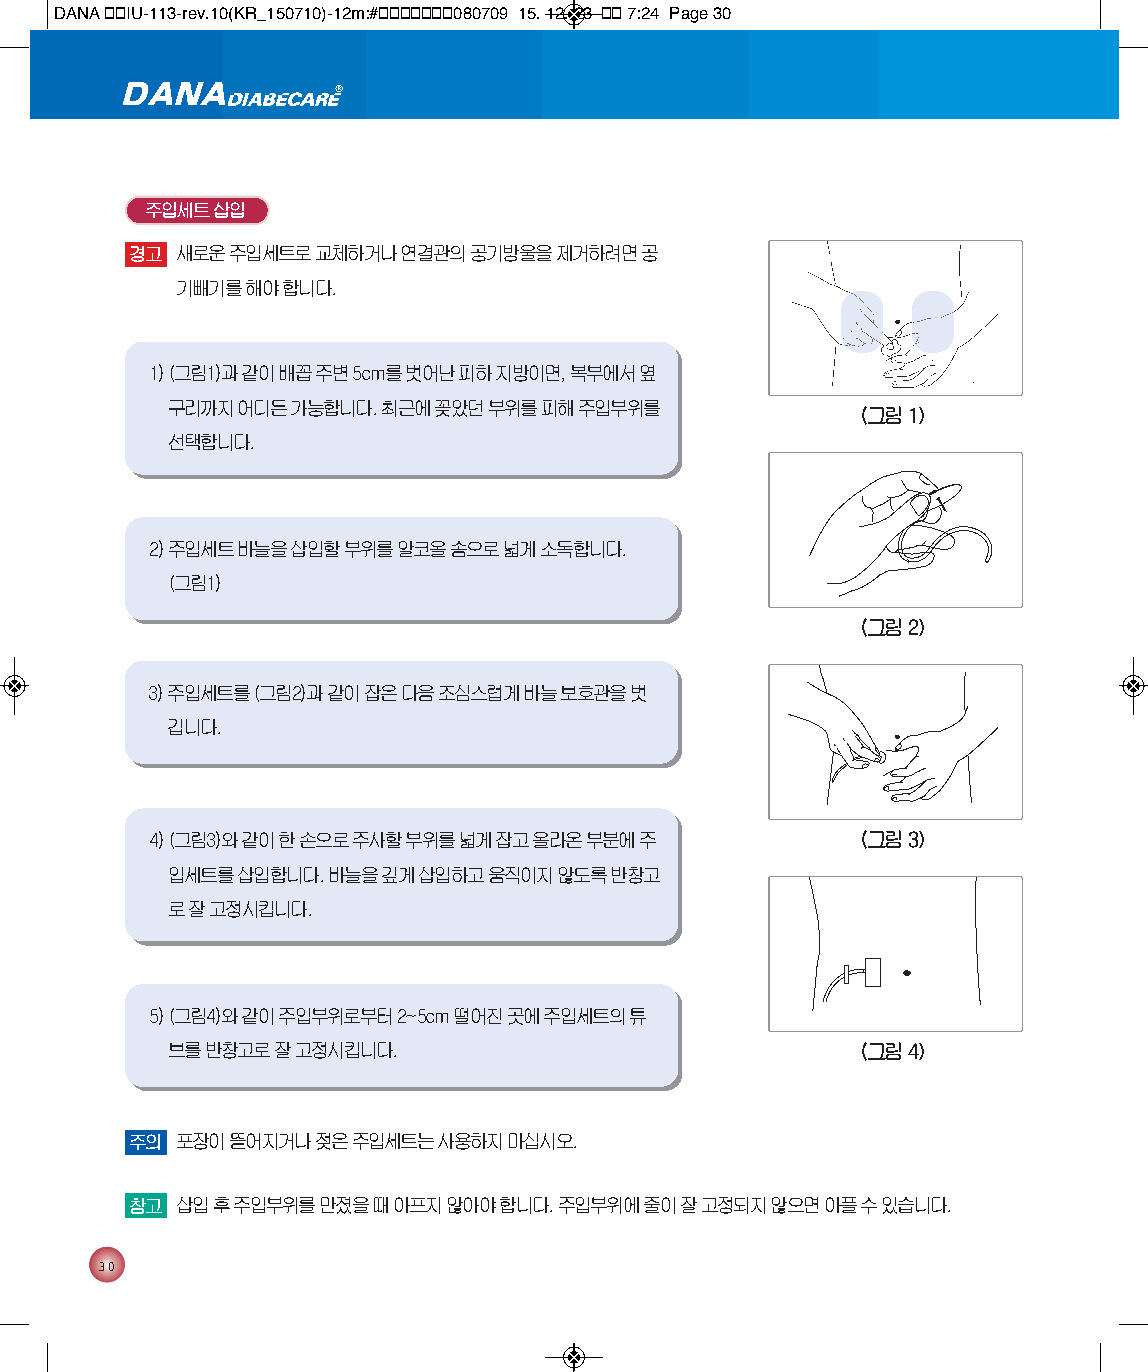
DANA 통통IU-113-rev.10(KR_150710)-12m:#통통통통통통통080709 15. 12. 23 통통 7:24 Page 30
 주입세트 삽입
 경고 새로운 주입세트로 교체하거나 연결관의 공기방울을 제거하려면 공
 기빼기를 해야 합니다.
 1) (그림1)과 같이 배꼽 주변 5cm를 벗어난 피하 지방이면, 복부에서 옆
 구리까지 어디든 가능합니다. 최근에 꽂았던 부위를 피해 주입부위를
 (그림 1)
 선택합니다.
 2) 주입세트 바늘을 삽입할 부위를 알코올 솜으로 넓게 소독합니다.
 (그림1)
 (그림 2)
 3) 주입세트를 (그림2)과 같이 잡은 다음 조심스럽게 바늘 보호관을 벗
 깁니다.
 4) (그림3)와 같이 한 손으로 주사할 부위를 넓게 잡고 올라온 부분에 주     (그림 3)
 입세트를 삽입합니다. 바늘을 깊게 삽입하고 움직이지 않도록 반창고
 로 잘 고정시킵니다.
 5) (그림4)와 같이 주입부위로부터 2~5cm떨어진 곳에 주입세트의 튜
 브를 반창고로 잘 고정시킵니다.                             (그림 4)
 주의 포장이 뜯어지거나 젖은 주입세트는 사용하지 마십시오.
 참고 삽입 후 주입부위를 만졌을 때 아프지 않아야 합니다. 주입부위에 줄이 잘 고정되지 않으면 아플 수 있습니다.
 30